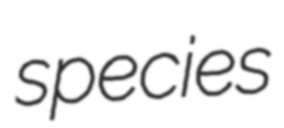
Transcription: species